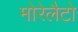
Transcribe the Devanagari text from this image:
मोरेलैटो